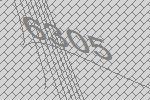
6305